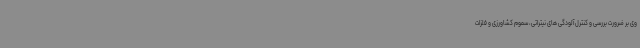
وی بر ضرورت بررسی و کنترل آلودگی های نیتراتی، سموم کشاورزی و فلزات